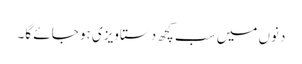
دنوں میں سب کچھ دستاویزی ہو جائے گا۔